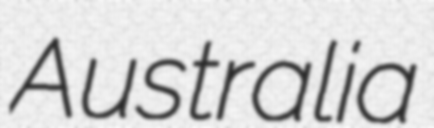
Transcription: Australia